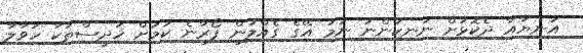
އަނިޔާއާ ދެކޮޅަށް ނުނިކުންނަ ނަމަ އޭގެ ގެއްލުން ފޯރާނެ ކަމަށް ހަދީސްތަކާ ހަވާލާ